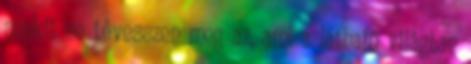
senkit ne tévesszen meg az, ami a látható világban